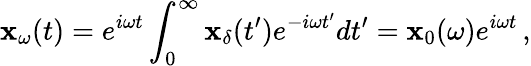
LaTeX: \mathbf{x}_{\omega}(t)=e^{i\omega t}\int_{0}^{\infty}\mathbf{x}_{\delta}(t^{\prime})e^{-i\omega t^{\prime}}dt^{\prime}=\mathbf{x}_{0}(\omega)e^{i\omega t}\, ,